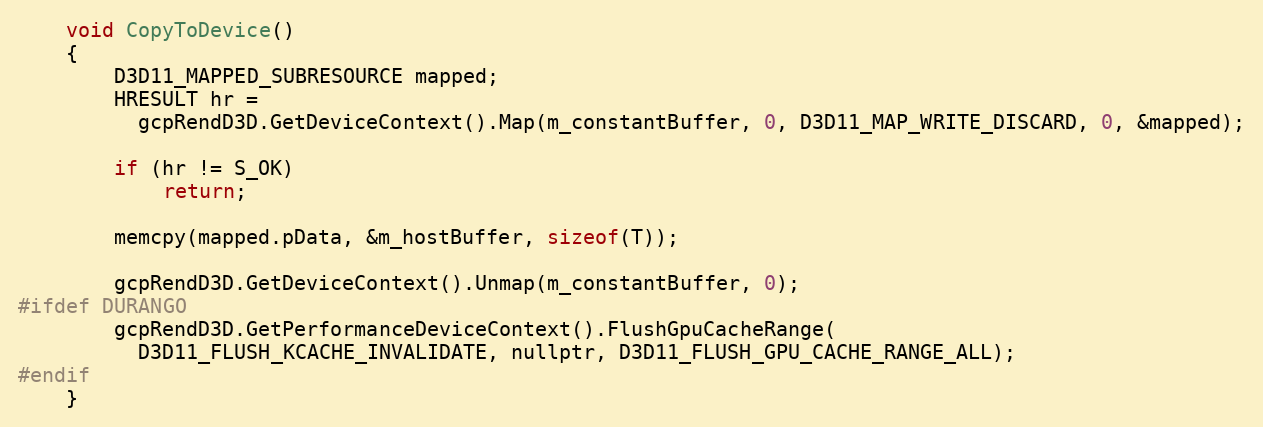
Language: C
	void CopyToDevice()
	{
		D3D11_MAPPED_SUBRESOURCE mapped;
		HRESULT hr =
		  gcpRendD3D.GetDeviceContext().Map(m_constantBuffer, 0, D3D11_MAP_WRITE_DISCARD, 0, &mapped);

		if (hr != S_OK)
			return;

		memcpy(mapped.pData, &m_hostBuffer, sizeof(T));

		gcpRendD3D.GetDeviceContext().Unmap(m_constantBuffer, 0);
#ifdef DURANGO
		gcpRendD3D.GetPerformanceDeviceContext().FlushGpuCacheRange(
		  D3D11_FLUSH_KCACHE_INVALIDATE, nullptr, D3D11_FLUSH_GPU_CACHE_RANGE_ALL);
#endif
	}